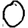
Digit: 0